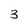
Character: 3